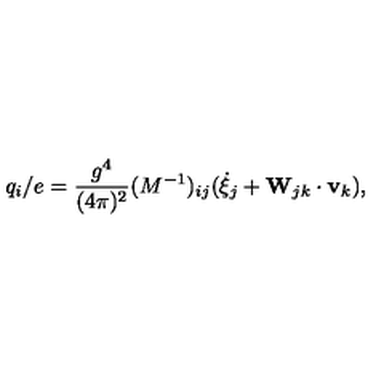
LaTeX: q _ { i } / e = \frac { g ^ { 4 } } { ( 4 \pi ) ^ { 2 } } ( M ^ { - 1 } ) _ { i j } ( \dot { \xi } _ { j } + { \bf W } _ { j k } \cdot { \bf v } _ { k } ) ,